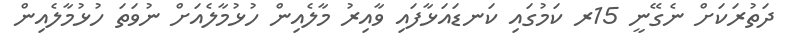
ދަތުރަކަށް ނެގޭނީ 15ރ ކަމުގައި ކަނޑައަޅާފައި ވާއިރު މާލެއިން ހުޅުމާލެއަށް ނުވަތަ ހުޅުމާލެއިން